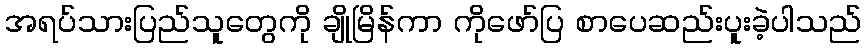
အရပ်သားပြည်သူတွေကို ချိုမြိန်ကာ ကိုဖော်ပြ စာပေဆည်းပူးခဲ့ပါသည်